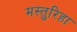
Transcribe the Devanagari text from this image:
मस्तुरिहा